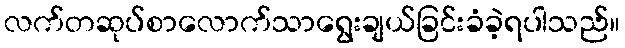
လက်တဆုပ်စာလောက်သာရွေးချယ်ခြင်းခံခဲ့ရပါသည်။